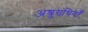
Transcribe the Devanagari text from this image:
अश्रुग्रंथियाँ